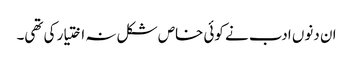
ان دنوں ادب نے کوئی خاص شکل نہ اختیار کی تھی۔